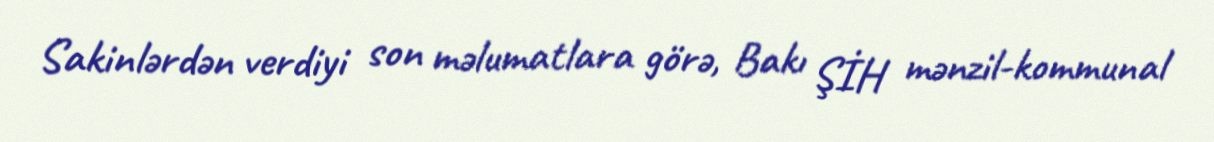
Sakinlərdən verdiyi son məlumatlara görə, Bakı ŞİH mənzil-kommunal